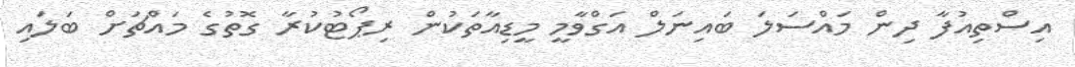
އިސްތިއުފާ ދިން މައްސަލަ ބައިނަލް އަގްވާމީ މީޑިއާތަކުން ރިޕޯޓުކުރާ ގޮތުގެ މައްޗަށް ބަލައި